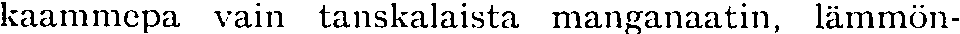
kaammepa vain tanskalaista manganaatin, lämmön-